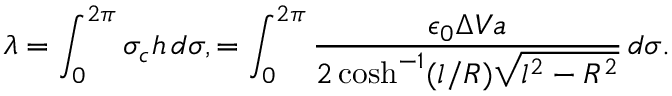
\lambda = \int _ { 0 } ^ { 2 \pi } \sigma _ { c } h \, d \sigma , = \int _ { 0 } ^ { 2 \pi } \frac { \epsilon _ { 0 } \Delta V a } { 2 \cosh ^ { - 1 } ( l / R ) \sqrt { l ^ { 2 } - R ^ { 2 } } } \, d \sigma .